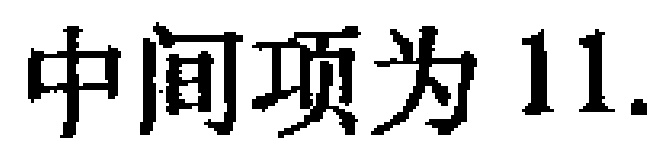
中间项为 11.